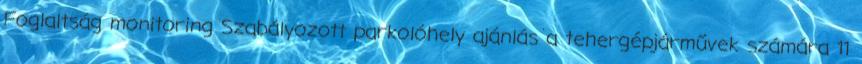
Foglaltság monitoring Szabályozott parkolóhely ajánlás a tehergépjárművek számára 11